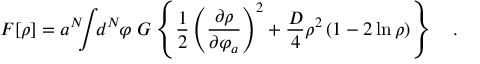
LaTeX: { \cal F } [ \rho ] = a ^ { N } \! \! \! \int \! \! d ^ { N } \! \varphi \ G \left\{ { \frac { 1 } { 2 } } \left( { \frac { \partial \rho } { \partial \varphi _ { a } } } \right) ^ { 2 } + { \frac { D } { 4 } } \rho ^ { 2 } \left( 1 - 2 \ln \rho \right) \right\} \quad .